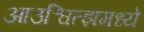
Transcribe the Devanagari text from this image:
आउश्वित्झमध्ये